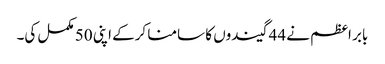
بابر اعظم نے 44 گیندوں کا سامنا کرکے اپنی 50 مکمل کی۔